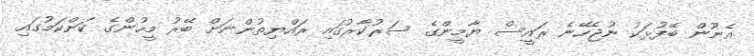
އެނޫން ބޭފުޅަކު ނުޖެހޭނެ ރައީސް ޔާމީންގެ ސަރުކާރުގައި ރައްޔިތުންނަށް ބޭރު މީހުންގެ ކަންކަމުގައި